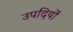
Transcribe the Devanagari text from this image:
उपदियों